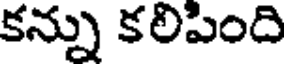
కన్ను కలిపింది